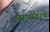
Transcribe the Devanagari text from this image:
वाऱ्यावरचे